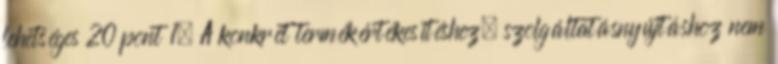
lehetséges 20 pont 1. A konkrét termékértékesítéshez, szolgáltatásnyújtáshoz nem